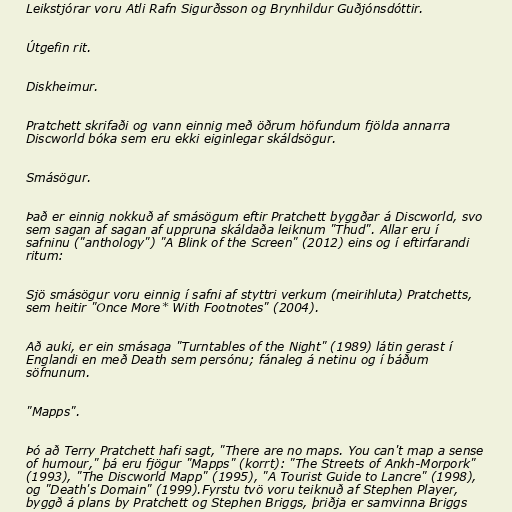
Leikstjórar voru Atli Rafn Sigurðsson og Brynhildur Guðjónsdóttir.

Útgefin rit.

Diskheimur.

Pratchett skrifaði og vann einnig með öðrum höfundum fjölda annarra
Discworld bóka sem eru ekki eiginlegar skáldsögur.

Smásögur.

Það er einnig nokkuð af smásögum eftir Pratchett byggðar á Discworld, svo
sem sagan af sagan af uppruna skáldaða leiknum "Thud". Allar eru í
safninu ("anthology") "A Blink of the Screen" (2012) eins og í eftirfarandi
ritum:

Sjö smásögur voru einnig í safni af styttri verkum (meirihluta) Pratchetts,
sem heitir "Once More* With Footnotes" (2004).

Að auki, er ein smásaga "Turntables of the Night" (1989) látin gerast í
Englandi en með Death sem persónu; fánaleg á netinu og í báðum
söfnunum.

"Mapps".

Þó að Terry Pratchett hafi sagt, "There are no maps. You can't map a sense
of humour," þá eru fjögur "Mapps" (korrt): "The Streets of Ankh-Morpork"
(1993), "The Discworld Mapp" (1995), "A Tourist Guide to Lancre" (1998),
og "Death's Domain" (1999).Fyrstu tvö voru teiknuð af Stephen Player,
byggð á plans by Pratchett og Stephen Briggs, þriðja er samvinna Briggs